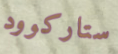
ستاركوود